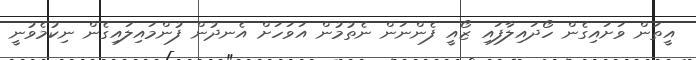
އީތަން ވަށައިގެން ހޯދައިލާފައި ޒޯއީ ފެންނަން ނެތުމުން އަވަހަށް އެނދުން ފުންމައިލައިގެން ނިކުމެވުނީ